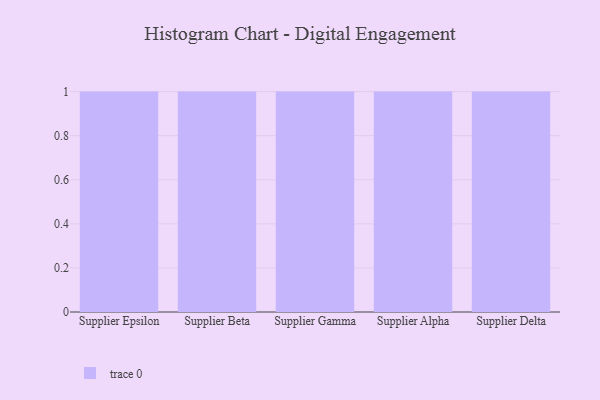
{"axis": {"x": "Supplier", "y": "Production Output"}, "legend": [""], "data": [{"x": "Supplier Epsilon", "y": 3, "type": ""}, {"x": "Supplier Beta", "y": 56, "type": ""}, {"x": "Supplier Gamma", "y": 2, "type": ""}, {"x": "Supplier Alpha", "y": 33, "type": ""}, {"x": "Supplier Delta", "y": 82, "type": ""}]}